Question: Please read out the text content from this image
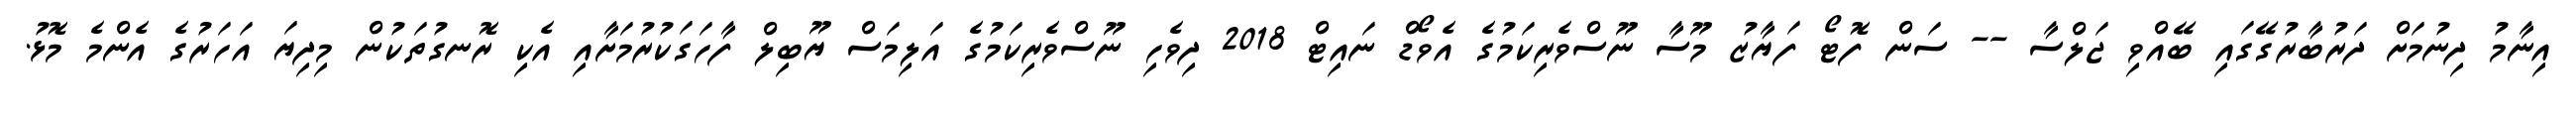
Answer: އިނާމު ދިނުމަށް ދަރުބާރުގޭގައި ބޭއްވި ޖަލްސާ -- ސަން ފޮޓޯ ފަޔާޒު މޫސާ ނޫސްވެރިކަމުގެ އެވޯޑް ނައިޓް 2018 ދިވެހި ނޫސްވެރިކަމުގެ އަލިމަސް ޔޫބިލް ފާހަގަކުރުމަށާއި އެކި ރޮނގުތަކުން މިދިޔަ އަހަރުގެ އެންމެ މޮޅު.